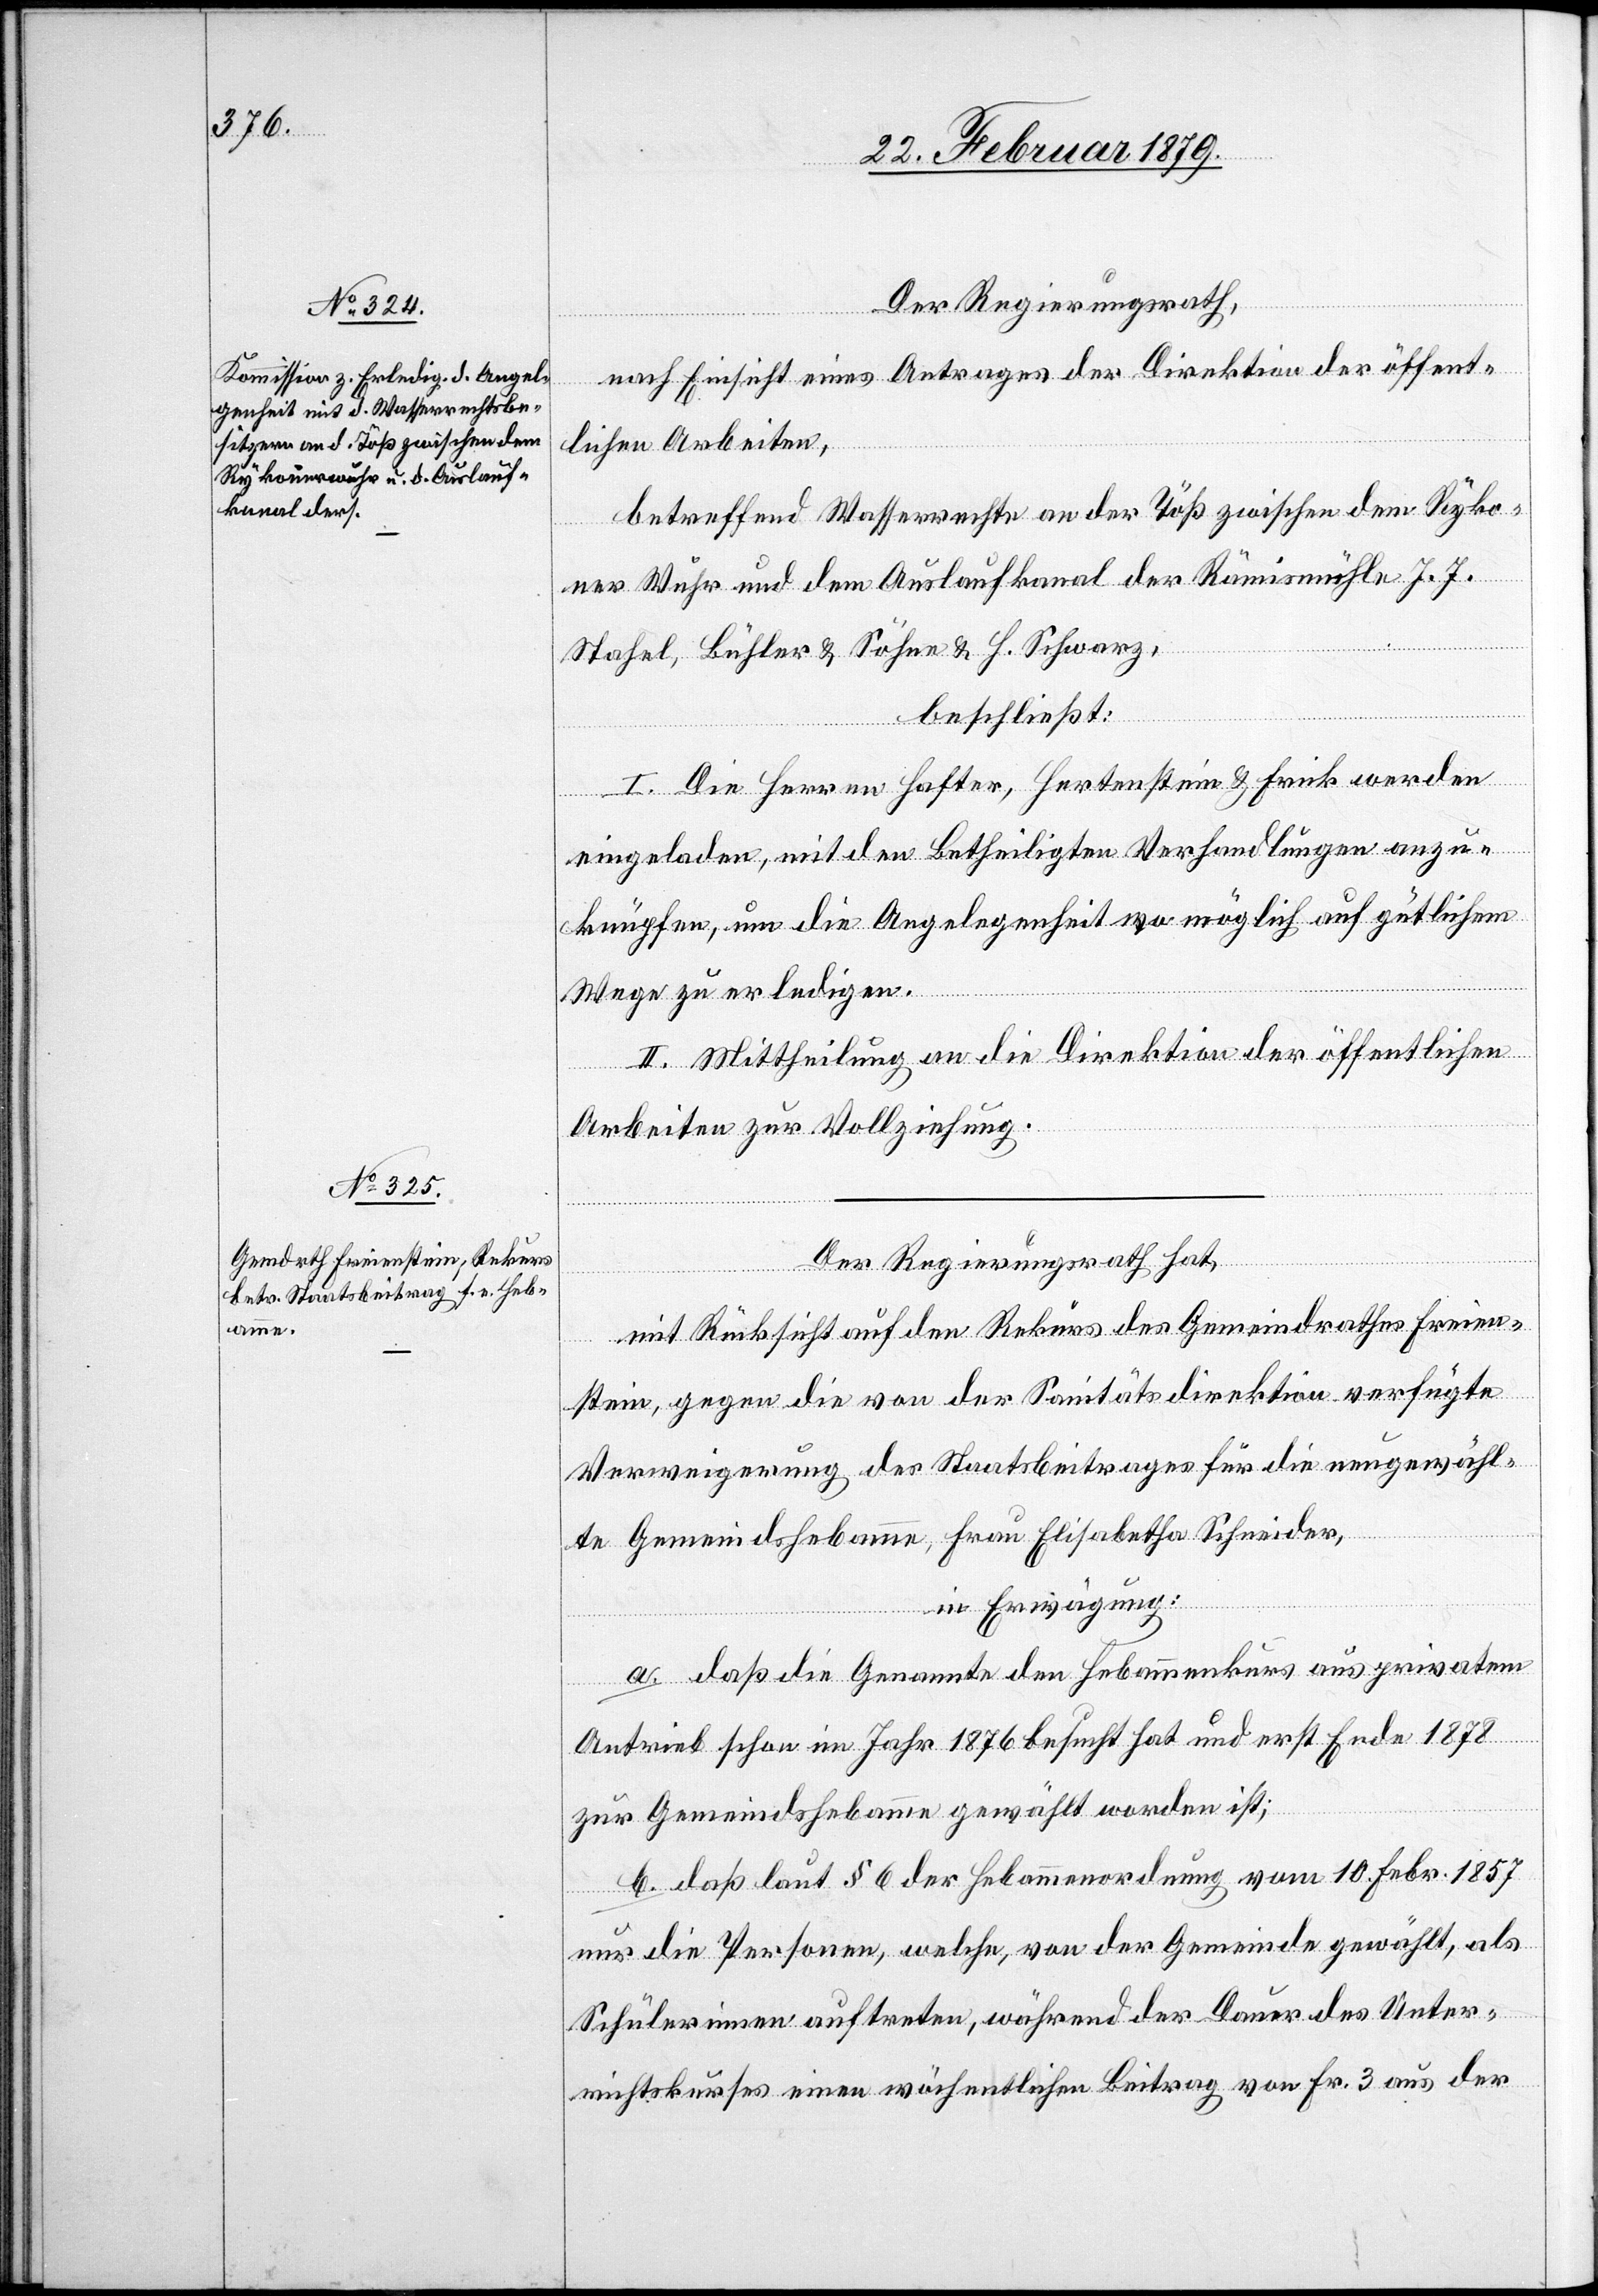
Der Regierungsrath,
nach Einsicht eines Antrages der Direktion der öffent¬
lichen Arbeiten,
betreffend Wasserrechte an der Töß zwischen dem Ryko¬
ner Wuhr und dem Auslaufkanal der Rämismühle J. J.
Stahel, Bühler & Söhne & H. Schwarz,
beschließt:
I. Die Herren Hafter, Hertenstein & Frick werden
eingeladen, mit den Betheiligten Verhandlungen anzu¬
knüpfen, um die Angelegenheit wo möglich auf gütlichem
Wege zu erledigen.
II. Mittheilung an die Direktion der öffentlichen
Arbeiten zur Vollziehung.
Der Regierungsrath hat,
mit Rücksicht auf den Rekurs des Gemeindrathes Freien¬
stein, gegen die von der Sanitätsdirektion verfügte
Verweigerung des Staatsbeitrages für die neugewähl¬
te Gemeindshebamme, Frau Elisabeth Schneider,
in Erwägung:
a. daß die Genannte den Hebammenkurs aus privatem
Antrieb schon im Jahr 1876 besucht hat und erst Ende 1878
zur Gemeindshebamme gewählt worden ist;
b. daß laut § 6 der Hebammenordnung vom 10. Febr. 1857
nur die Personen, welche, von der Gemeinde gewählt, als
Schülerinnen auftreten, während der Dauer des Unter¬
richtskurses einen wöchentlichen Beitrag von Fr. 3 aus der